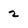
Character: 2